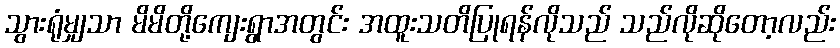
သွားရုံမျှသာ မိမိတို့ကျေးရွာအတွင်း အထူးသတိပြုရန်လိုသည် သည်လိုဆိုတော့လည်း